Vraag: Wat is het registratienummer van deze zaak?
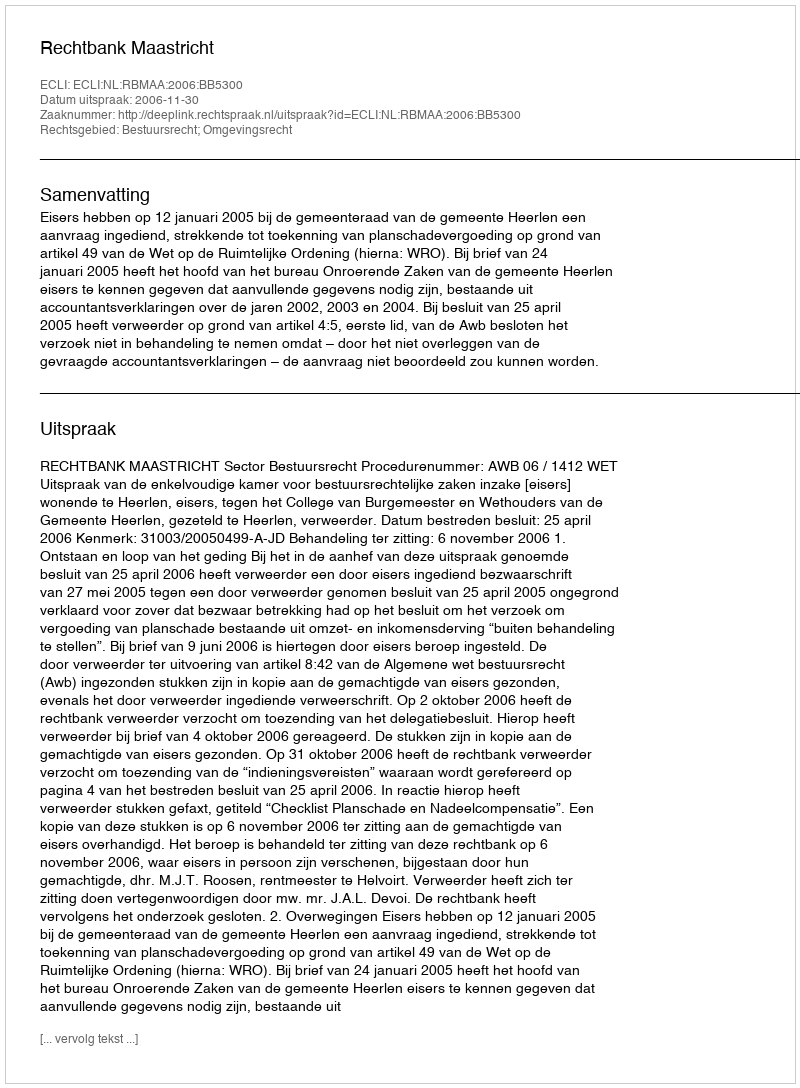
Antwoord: http://deeplink.rechtspraak.nl/uitspraak?id=ECLI:NL:RBMAA:2006:BB5300